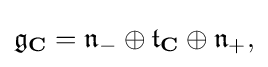
\displaystyle {{\mathfrak {g}}_{\mathbf {C} }={\mathfrak {n}}_{-}\oplus {\mathfrak {t}}_{\mathbf {C} }\oplus {\mathfrak {n}}_{+},}